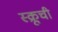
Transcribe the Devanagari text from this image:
स्क्रूची